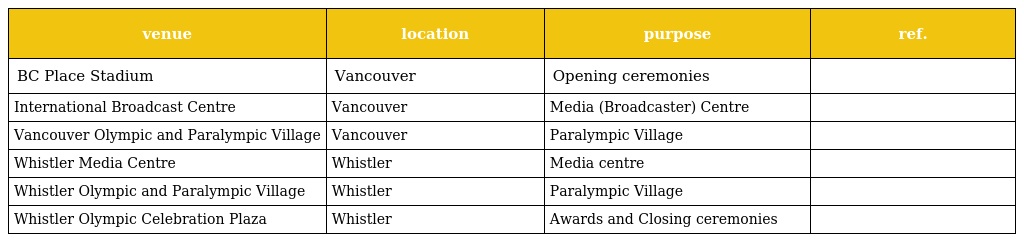
| venue | location | purpose | ref. |
 | --- | --- | --- | --- |
 | BC Place Stadium | Vancouver | Opening ceremonies |  |
 | International Broadcast Centre | Vancouver | Media (Broadcaster) Centre |  |
 | Vancouver Olympic and Paralympic Village | Vancouver | Paralympic Village |  |
 | Whistler Media Centre | Whistler | Media centre |  |
 | Whistler Olympic and Paralympic Village | Whistler | Paralympic Village |  |
 | Whistler Olympic Celebration Plaza | Whistler | Awards and Closing ceremonies |  |